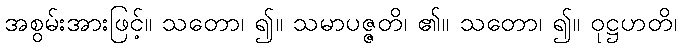
အစွမ်းအားဖြင့်။ သတော၊ ၍။ သမာပဇ္ဇတိ၊ ၏။ သတော၊ ၍။ ဝုဋ္ဌဟတိ၊